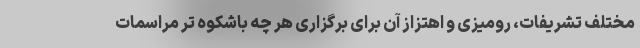
مختلف تشریفات، رومیزی و اهتزاز آن برای برگزاری هر چه باشکوه تر مراسمات